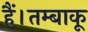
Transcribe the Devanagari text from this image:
हैं।तम्बाकू